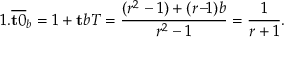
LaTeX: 1 . { \overline { { \mathbf { t } 0 } } } _ { b } = 1 + \mathbf { t } b T = { \frac { ( r ^ { 2 } - 1 ) + ( r \! - \! \! 1 ) b } { r ^ { 2 } - 1 } } = { \frac { 1 } { r + 1 } } .